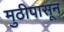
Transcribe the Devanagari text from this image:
मुठीपासून